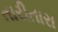
તારીતારા